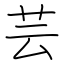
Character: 芸